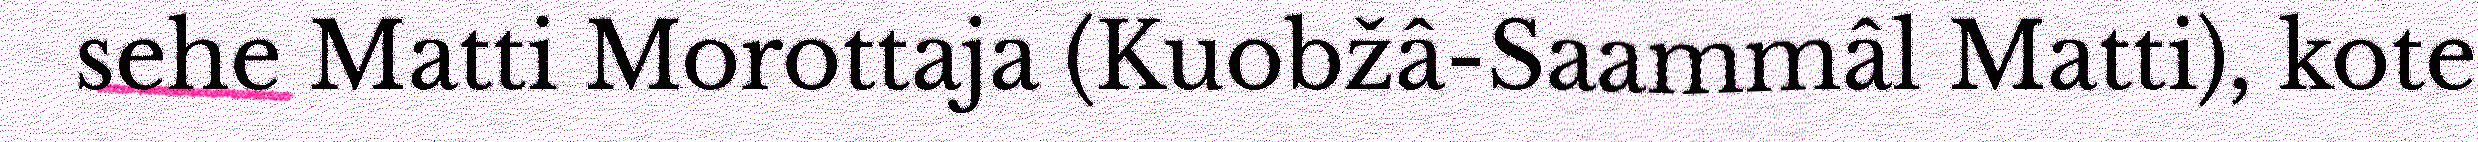
sehe Matti Morottaja (Kuobžâ-Saammâl Matti), kote